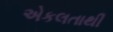
એકલતાથી